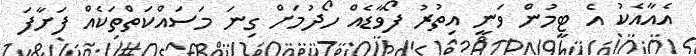
އެއާއެކު އެ ޓީމުން ވަނީ އިތުރު ފޯވާޑެއް ހޯދުމަށް ގިނަ މަސައްކަތްތަކެއް ފަށާފަ